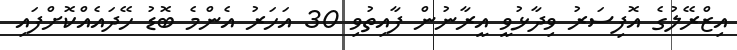
އިޒްރޭލުގެ އޮފިސަރު ވިދާޅުވީ އީރާނުން ފާއިތުވި 30 އަހަރު އެންމެ ބޮޑު ހޭދައެއްކޮށްފައި